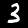
Digit: 3